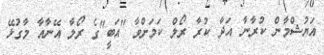
އަޔުޝްމާން ކުރާނާ އަދާ ކުރާ ރޯލް ކަމަށްވާ "އަބީ"ގެ ރޯލާ އޭނާއާ މާގުޅޭ